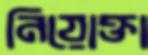
নিয়োক্তা